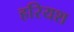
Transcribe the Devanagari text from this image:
हरियश